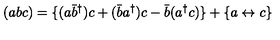
( a b c ) = \{ ( a \bar { b } ^ { \dagger } ) c + ( \bar { b } a ^ { \dagger } ) c - \bar { b } ( a ^ { \dagger } c ) \} + \{ a \leftrightarrow c \}